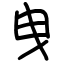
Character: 曳